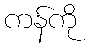
ကန်ကို